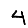
Digit: 4